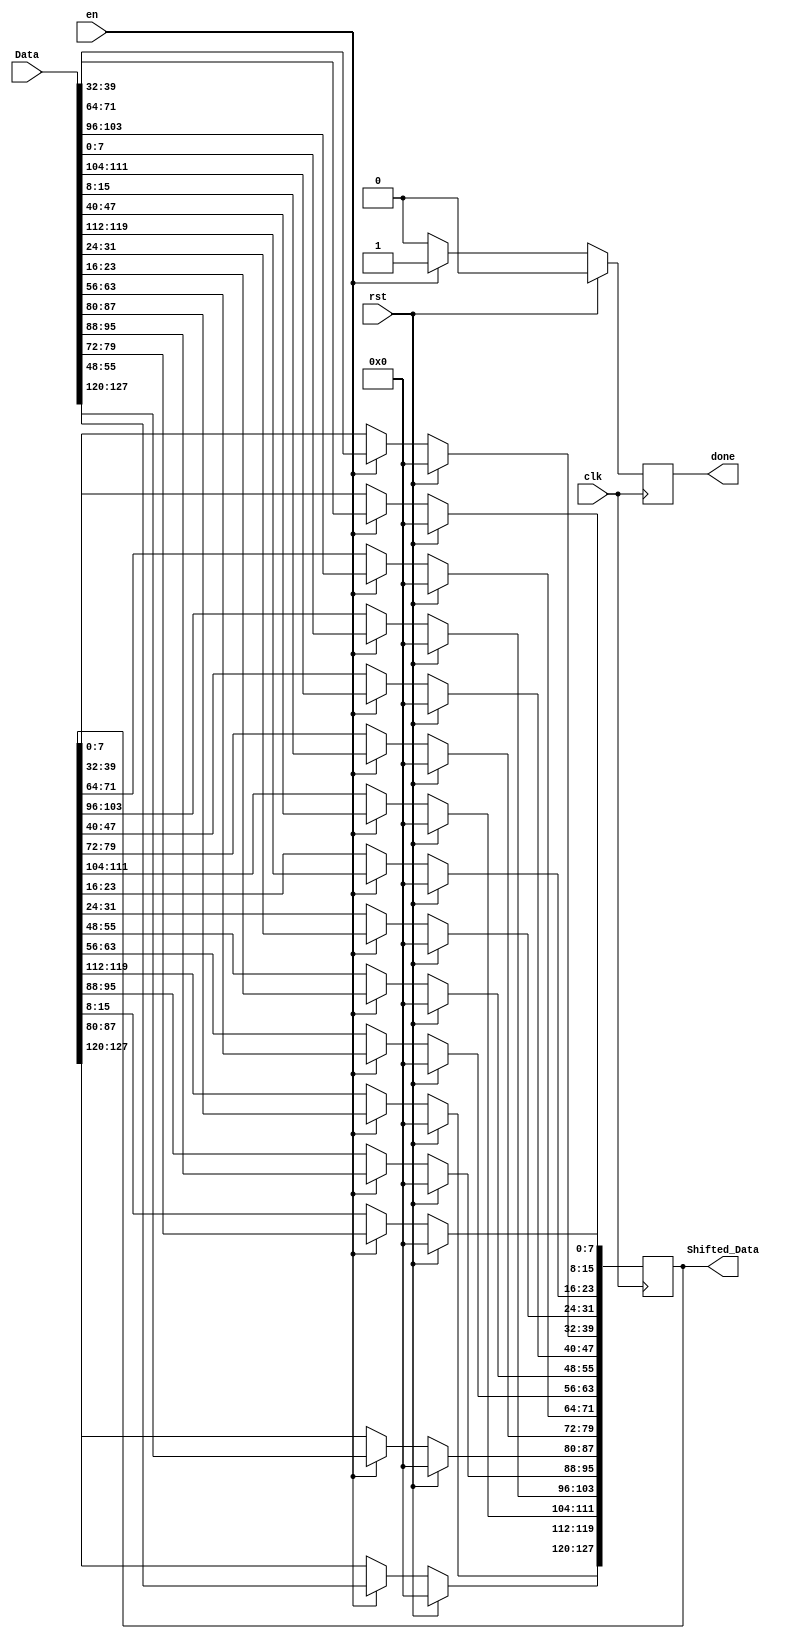
module Shift_Rows (
  input en,clk,rst,
  input  wire  [0:127] Data,
	output reg  [0:127] Shifted_Data,
	output reg done );
	

always @(posedge clk)
  begin
    if (rst)
		begin
	       Shifted_Data = 128'b0;
				 done = 0;
		end
  else if (en) begin
				/*      
				1010100011101110110111100100000010011110110111001100101001000000100111001101001011011100110010100100000010101000111011101101111

							 0    8    16     24 
							 32		40   48     56
							 64   72   80     88
							 96   104  112    120

							 0    40    80     120
							 32		72    112    24 
							 64   104   16     56
							 96   8    48    88
*/

		/* in the DATA .. the arranging is columns filled 1st  ._. */
		/* column 0 no change */
		Shifted_Data[0+:8] <= Data[0+:8];
		Shifted_Data[32+:8] <= Data[32+:8];
		Shifted_Data[64+:8] <= Data[64+:8];
		Shifted_Data[96+:8] <= Data[96+:8];

		/*2nd column , column 1 , 1 shift down */
		Shifted_Data [8+:8] <= Data[40+:8];
		Shifted_Data [40+:8] <= Data[72+:8];
		Shifted_Data [72+:8] <= Data[104+:8];
		Shifted_Data [104+:8] <= Data[8+:8];
		
		/*3rd column , column 2 , 2 shifts down */
		Shifted_Data [16+:8] <= Data[80+:8];
		Shifted_Data [48+:8] <= Data[112+:8];
		Shifted_Data [80+:8] <= Data[16+:8];
		Shifted_Data [112+:8] <= Data[48+:8];


		/*4th column , column 3 , 3 shifts down */
		Shifted_Data [24+:8] <= Data[120+:8];
		Shifted_Data [56+:8] <= Data[24+:8];
		Shifted_Data [88+:8] <= Data[56+:8];
		Shifted_Data [120+:8] <= Data[88+:8];

		/*
		//	row 0 no change 
		Shifted_Data[0+:32] <= Data[0+:32];
		//	2nd row , row 1 , 1 shift left 
		Shifted_Data [32+:24] <= Data[40+:24];
		Shifted_Data [56+:8] <= Data[32+:8];
		//3rd row , row 2 , 2 shifts left 
		Shifted_Data [64+:16] <= Data[80+:16];
		Shifted_Data [80+:16] <= Data[64+:16];
		//*4th row , row 3 , 3 shifts left 
		Shifted_Data [96+:8] <= Data[120+:8];
		Shifted_Data [104+:24] <= Data[96+:24];
	*/
		done = 1;
	end		
	else done <= 0;
end
endmodule